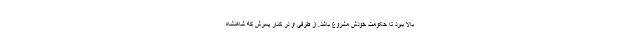
بالا ببرد تا حکومت خودش مشروع باشد. از طرفی او در کنار پسرش که شاهنشاه